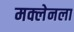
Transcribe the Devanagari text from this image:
मक्लेनला